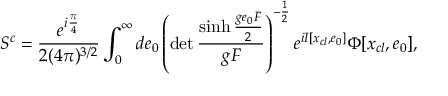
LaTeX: S ^ { c } = \frac { e ^ { i \frac { \pi } { 4 } } } { 2 ( 4 \pi ) ^ { 3 / 2 } } \int _ { 0 } ^ { \infty } d e _ { 0 } \left( \operatorname * { d e t } \frac { \sinh \frac { g e _ { 0 } F } { 2 } } { g F } \right) ^ { - \frac { 1 } { 2 } } e ^ { i I [ x _ { c l } , e _ { 0 } ] } \Phi [ x _ { c l } , e _ { 0 } ] ,